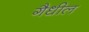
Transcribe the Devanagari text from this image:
गैधील